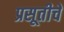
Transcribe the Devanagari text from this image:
प्रसूतीचे